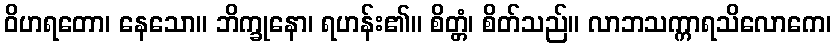
ဝိဟရတော၊ နေသော။ ဘိက္ခုနော၊ ရဟန်း၏။ စိတ္တံ၊ စိတ်သည်။ လာဘသက္ကာရသိလောကေ၊